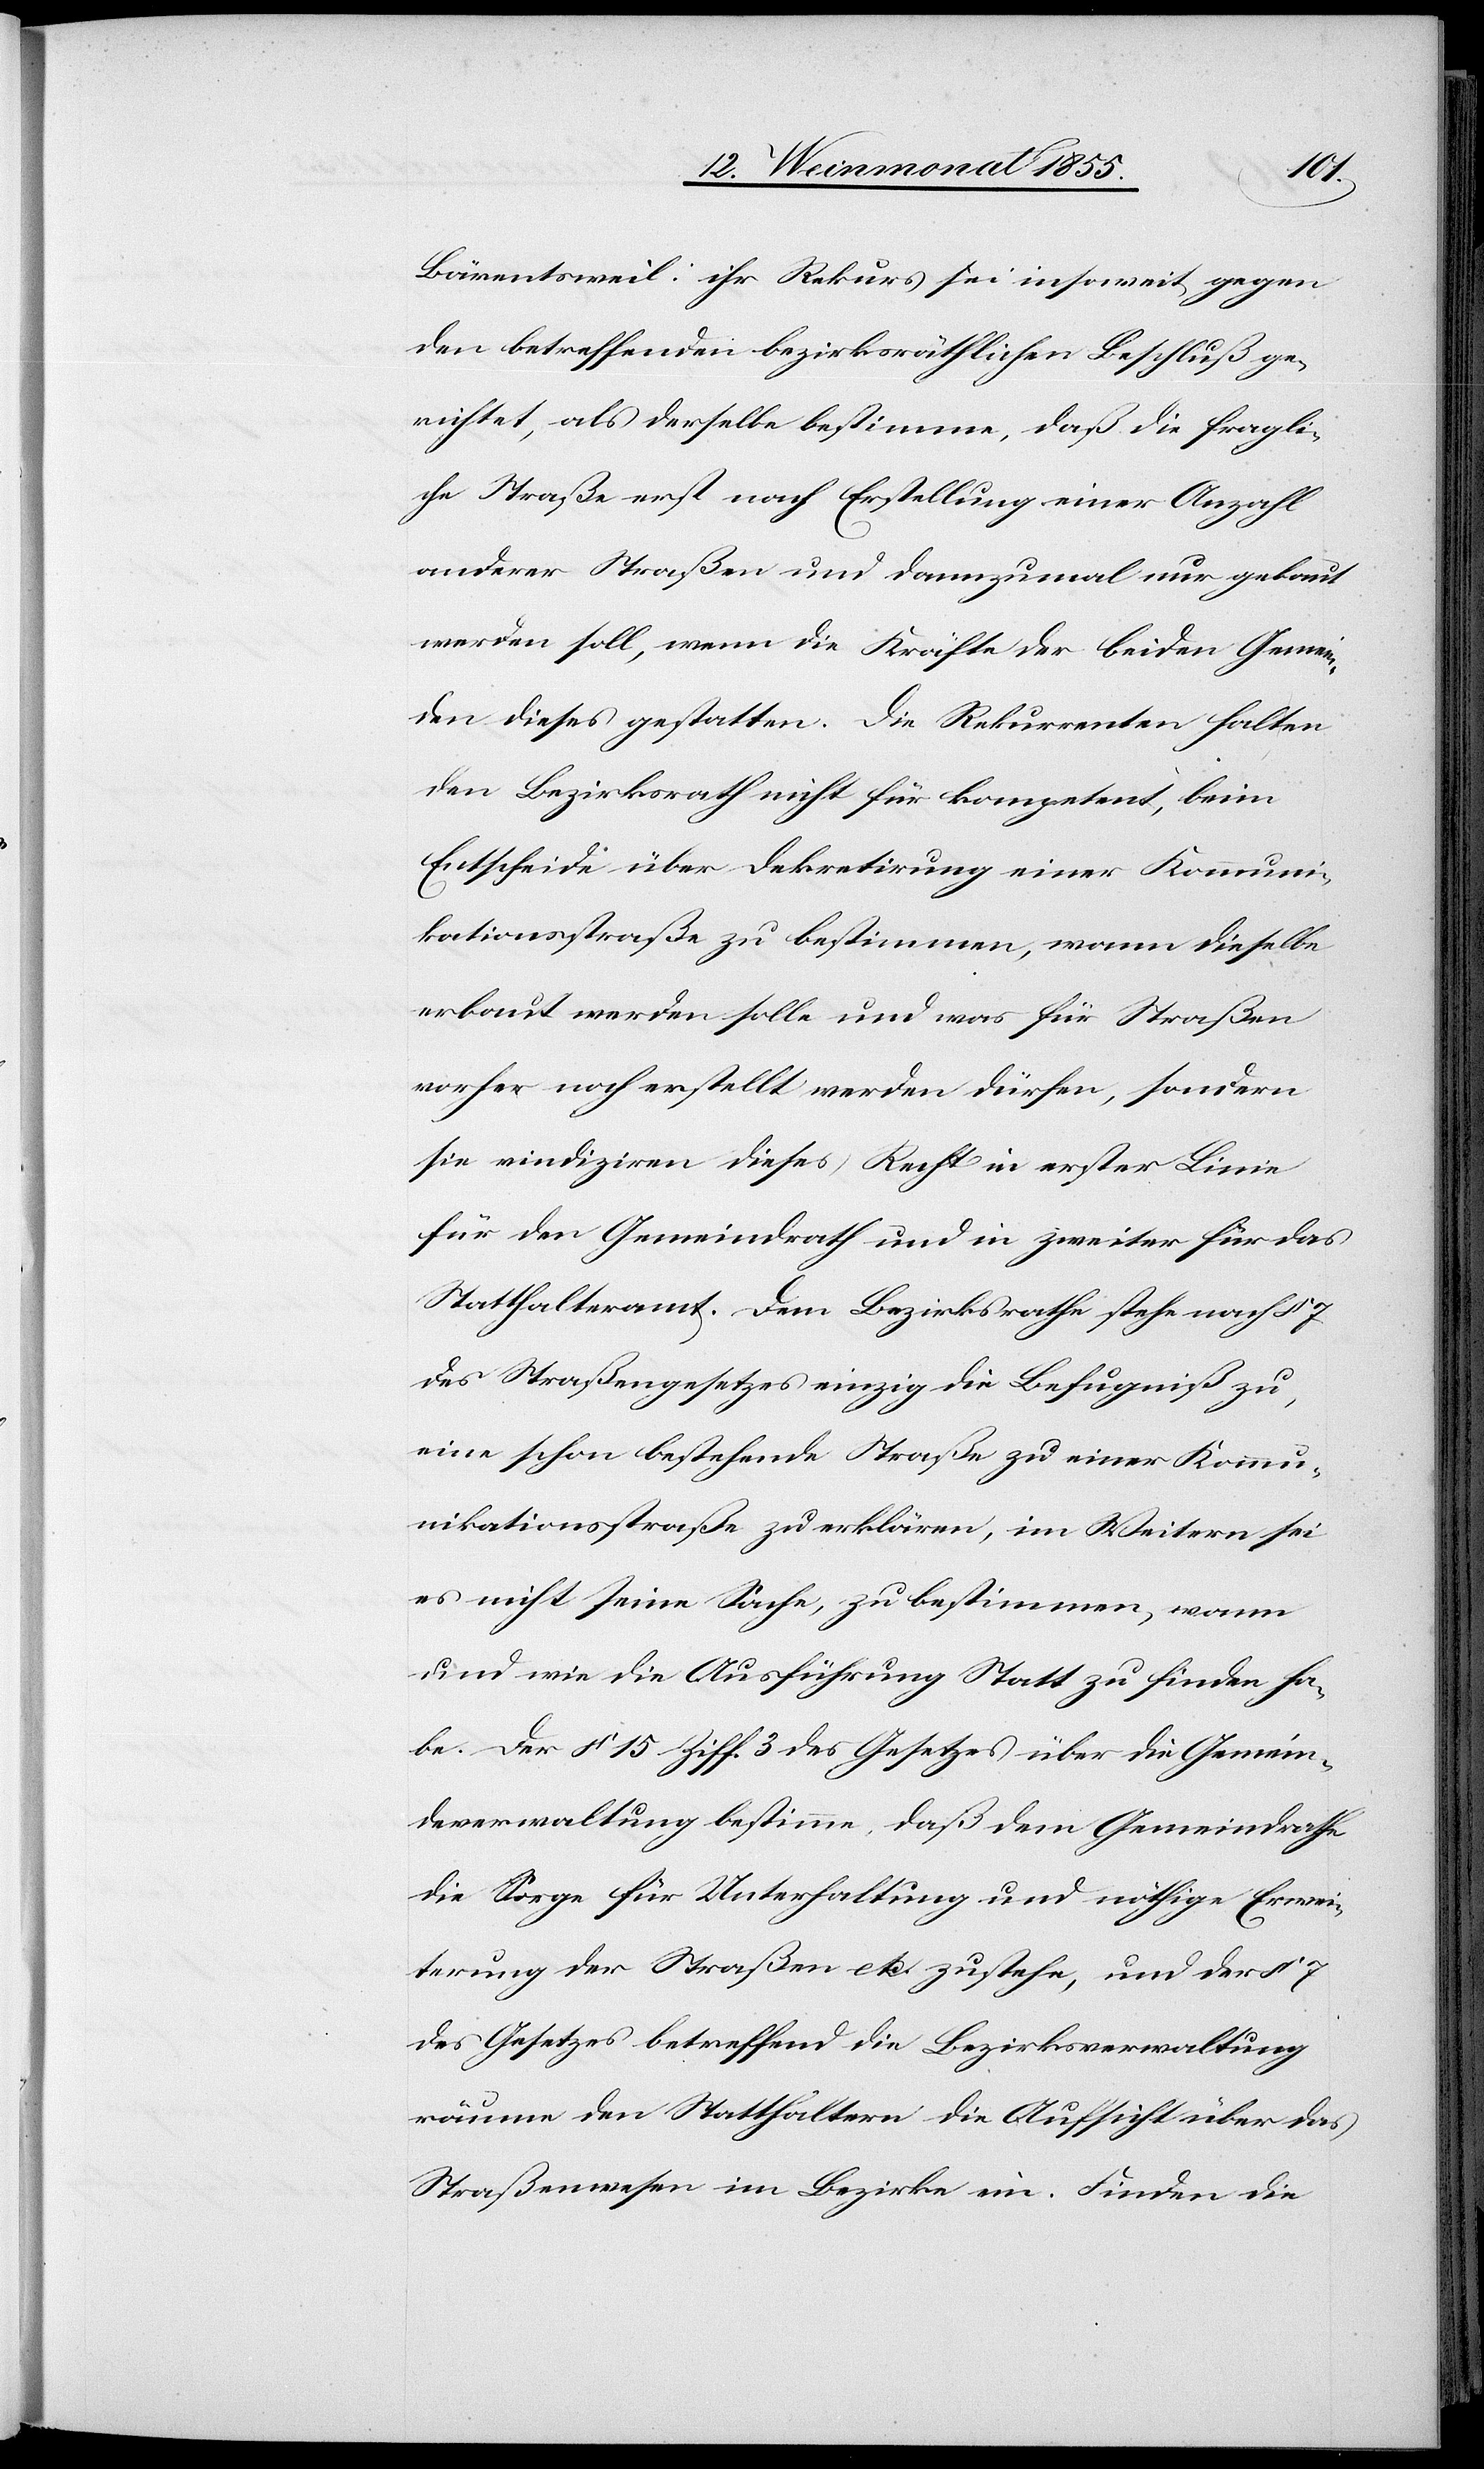
Bärentsweil: ihr Rekurs sei insoweit gegen
den betreffenden bezirksräthlichen Beschluß ge¬
richtet, als derselbe bestimme, daß die fragli¬
che Straße erst nach Erstellung einer Anzahl
anderer Straßen und dannzumal nur gebaut
werden soll, wenn die Kräfte der beiden Gemein¬
den dieses gestatten. Die Rekurrenten halten
den Bezirksrath nicht für kompetent, beim
Entscheide über Dekretirung einer Kommuni¬
kationsstraße zu bestimmen, wann dieselbe
erbaut werden solle und was für Straßen
vorher noch erstellt werden dürfen, sondern
sie vindiziren dieses Recht in erster Linie
für den Gemeindrath und in zweiter für das
Statthalteramt. Dem Bezirksrathe stehe nach § 7
des Straßengesetzes einzig die Befugniß zu,
eine schon bestehende Straße zu einer Kommu¬
nikationsstraße zu erklären, im Weitern sei
es nicht seine Sache, zu bestimmen, wann
und wie die Ausführung Statt zu finden ha¬
be. Der § 15 Ziff. 3 des Gesetzes über die Gemein¬
deverwaltung bestimme, daß dem Gemeindrathe
die Sorge für Unterhaltung und nöthige Erwei¬
terung der Straßen etc. zustehe, und der § 7
des Gesetzes betreffend die Bezirksverwaltung
räume den Statthaltern die Aufsicht über das
Straßenwesen im Bezirke ein. Finden die